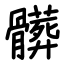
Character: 髒